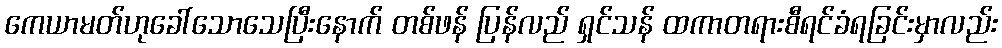
ကေယာမတ်ဟုခေါ်သောသေပြီးနောက် တစ်ဖန် ပြန်လည် ရှင်သန် ထကာတရားစီရင်ခံရခြင်းမှာလည်း